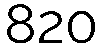
820